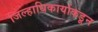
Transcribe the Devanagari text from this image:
जिल्हाधिकार्याकडून